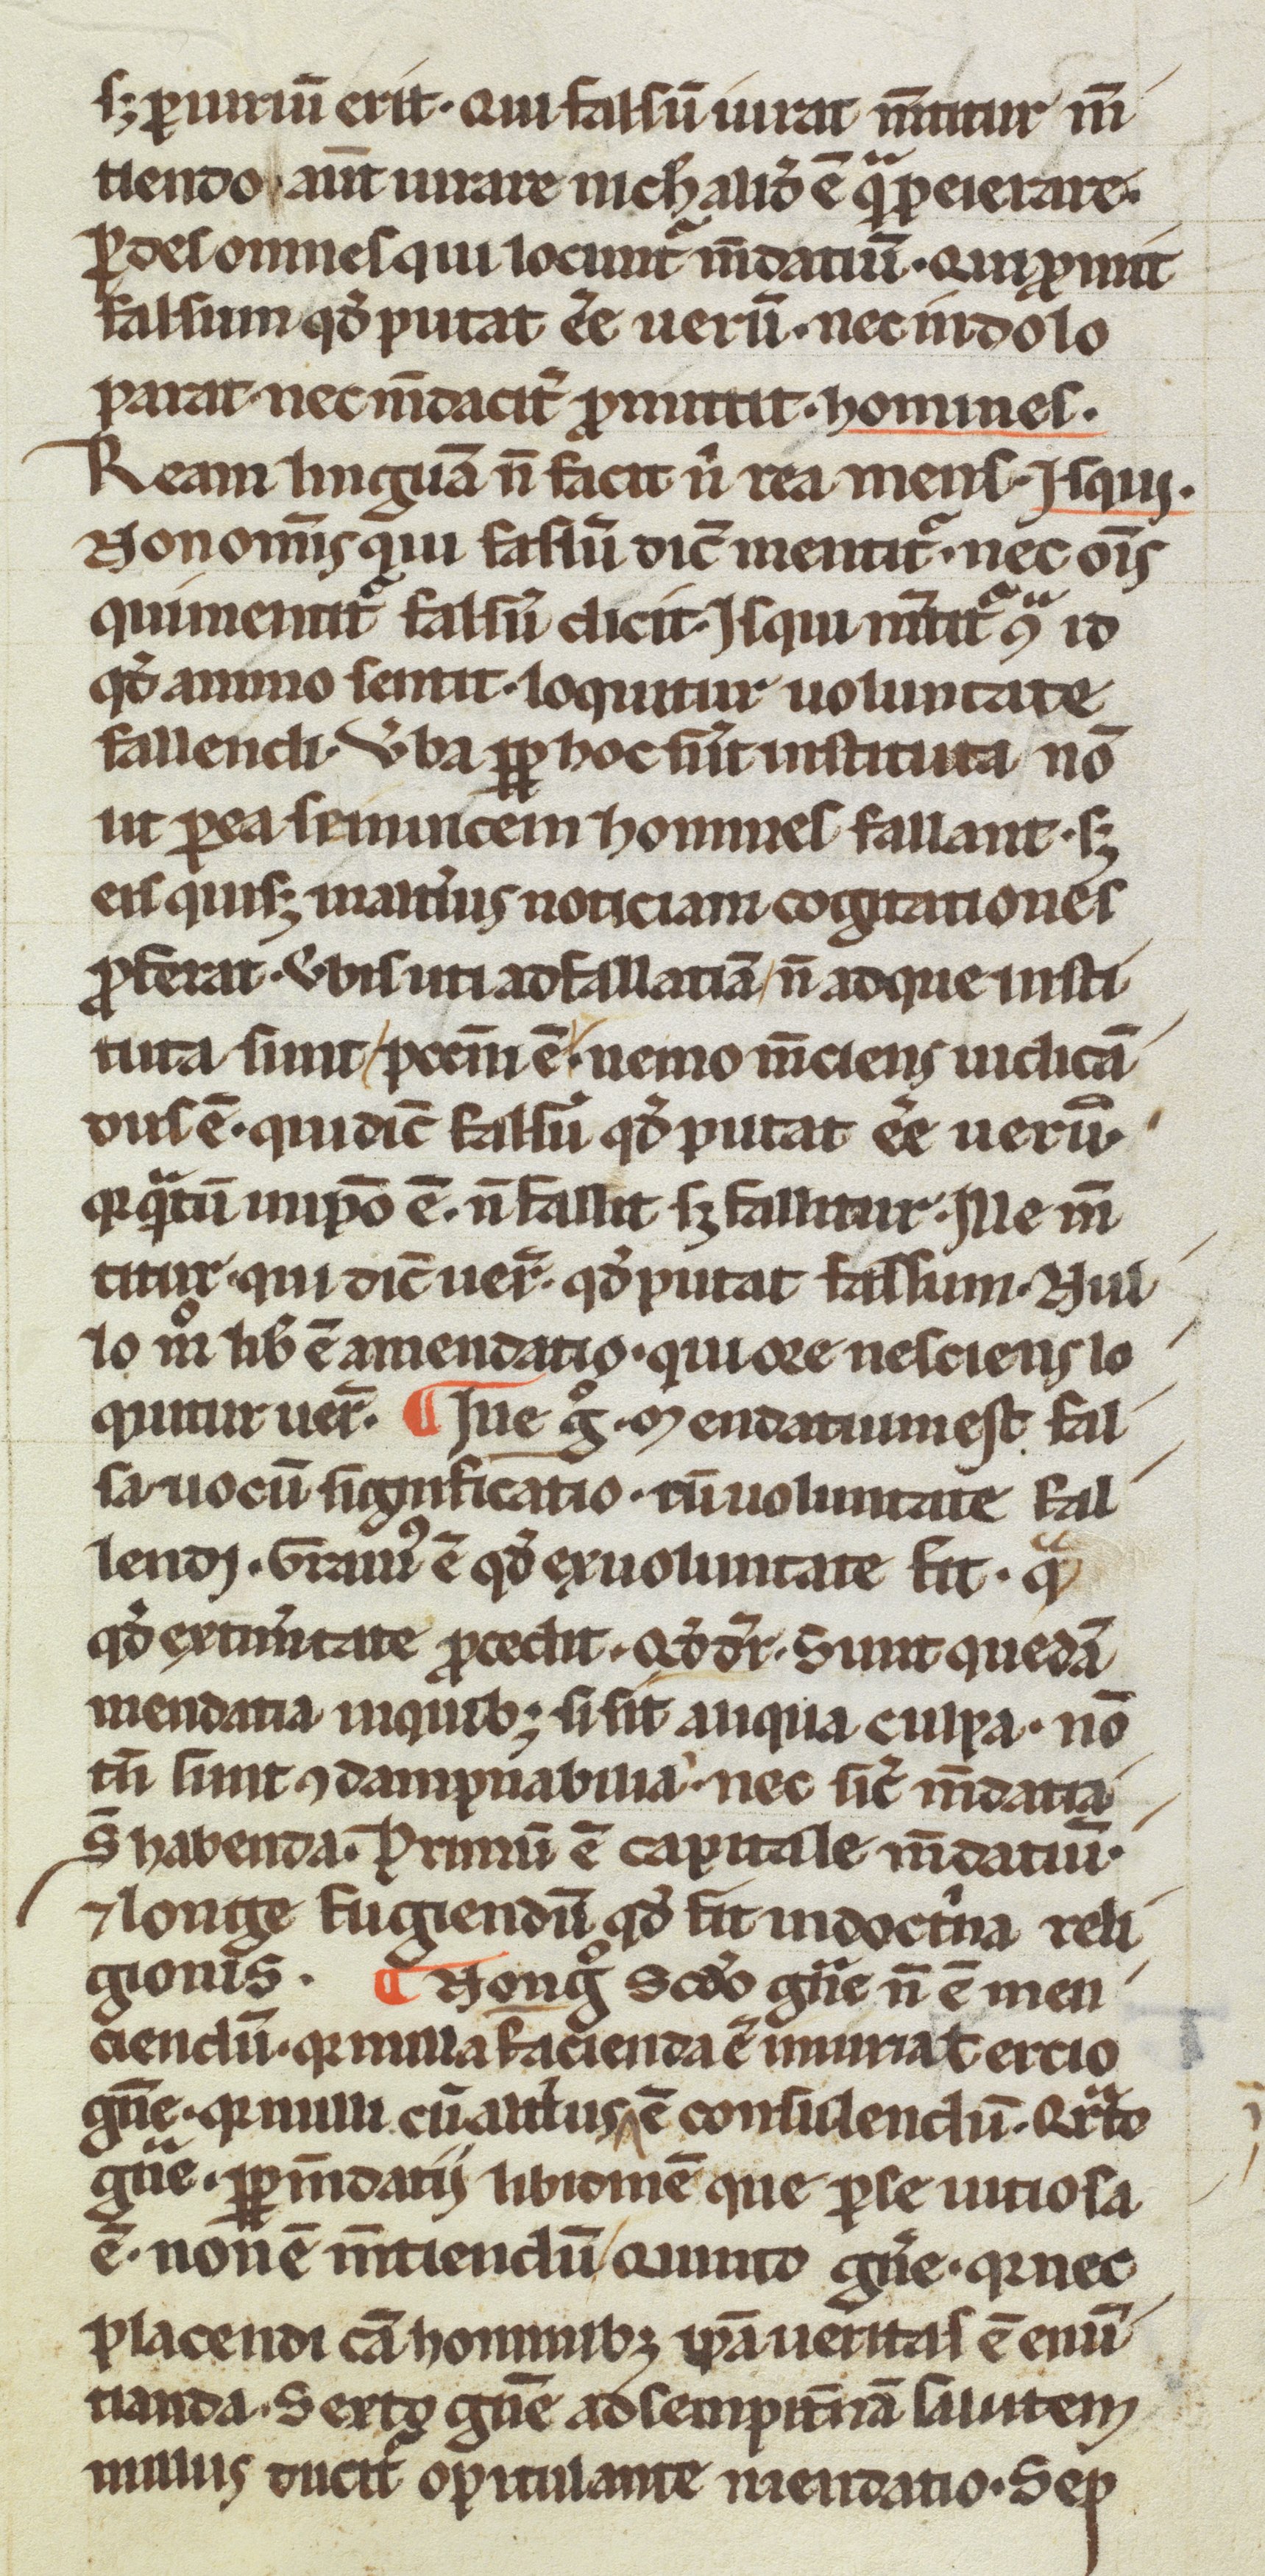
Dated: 1200–1299